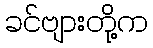
ခင်ဗျားတို့က